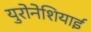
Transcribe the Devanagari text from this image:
युरोनेशियाई